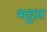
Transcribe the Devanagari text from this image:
भट्टार